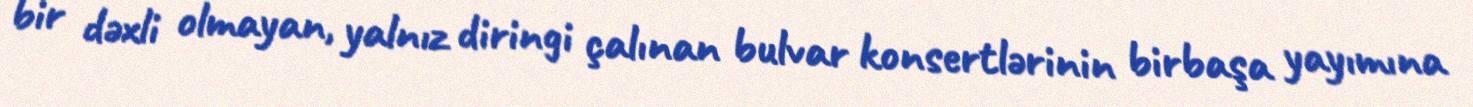
bir dəxli olmayan, yalnız diringi çalınan bulvar konsertlərinin birbaşa yayımına